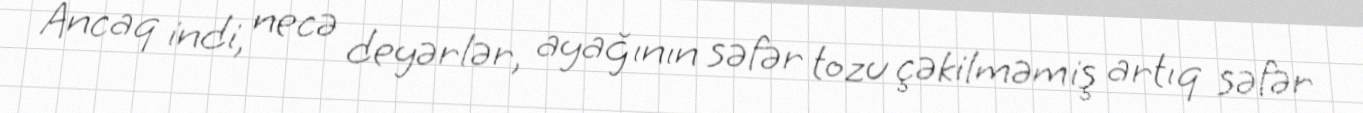
Ancaq indi, necə deyərlər, ayağının səfər tozu çəkilməmiş artıq səfər